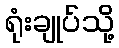
ရုံးချုပ်သို့